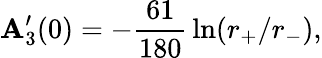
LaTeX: \mathbf{A}_{3}^{\prime}(0)=-{\frac{{61}}{{180}}}\ln(r_{+}/r_{-}),